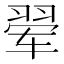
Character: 翚